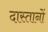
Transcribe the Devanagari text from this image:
दास्तानों